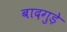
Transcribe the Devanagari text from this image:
बादगुड़े